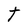
Character: t